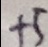
+ 5